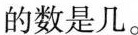
的数是几。